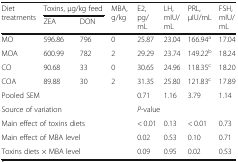
<table><thead><tr><td rowspan="2"><b>Diet treatments</b></td><td colspan="2"><b>Toxins, μg/kg feed</b></td><td rowspan="2"><b>MBA, g/kg</b></td><td rowspan="2"><b>E2, pg/mL</b></td><td rowspan="2"><b>LH, mIU/mL</b></td><td rowspan="2"><b>PRL, μIU/mL</b></td><td rowspan="2"><b>FSH, mIU/mL</b></td></tr><tr><td><b>ZEA</b></td><td><b>DON</b></td></tr></thead><tbody><tr><td>MO</td><td>596.86</td><td>796</td><td>0</td><td>25.87</td><td>23.04</td><td>166.94<sup>a</sup></td><td>17.04</td></tr><tr><td>MOA</td><td>600.99</td><td>782</td><td>2</td><td>29.29</td><td>23.74</td><td>149.22<sup>b</sup></td><td>18.24</td></tr><tr><td>CO</td><td>90.68</td><td>33</td><td>0</td><td>30.65</td><td>24.96</td><td>118.35<sup>c</sup></td><td>18.20</td></tr><tr><td>COA</td><td>89.88</td><td>30</td><td>2</td><td>31.35</td><td>25.80</td><td>121.83<sup>c</sup></td><td>17.89</td></tr><tr><td colspan="4">Pooled SEM</td><td>0.71</td><td>1.16</td><td>3.79</td><td>1.14</td></tr><tr><td colspan="4">Source of variation</td><td colspan="4"><i>P</i>-value</td></tr><tr><td colspan="4">Main effect of toxins diets</td><td>&lt; 0.01</td><td>0.13</td><td>&lt; 0.01</td><td>0.73</td></tr><tr><td colspan="4">Main effect of MBA level</td><td>0.02</td><td>0.53</td><td>0.10</td><td>0.71</td></tr><tr><td colspan="4">Toxins diets × MBA level</td><td>0.09</td><td>0.95</td><td>0.02</td><td>0.53</td></tr></tbody></table>